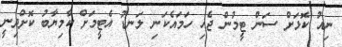
ނިއު ކޮޅަށް ސަން ޓީމުން ޖެހި ހަމައެކަނި ލަނޑު އެޓީމަށް ކާމިޔާބު ކޮށްދިނީ